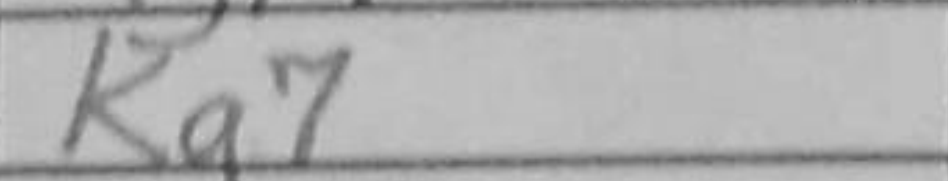
Transcription: Kg7